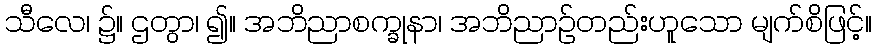
သီလေ၊ ၌။ ဌတွာ၊ ၍။ အဘိညာစက္ခုနာ၊ အဘိညာဉ်တည်းဟူသော မျက်စိဖြင့်။